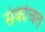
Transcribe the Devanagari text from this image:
संकोचत